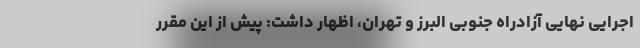
اجرایی نهایی آزادراه جنوبی البرز و تهران، اظهار داشت: پیش از این مقرر